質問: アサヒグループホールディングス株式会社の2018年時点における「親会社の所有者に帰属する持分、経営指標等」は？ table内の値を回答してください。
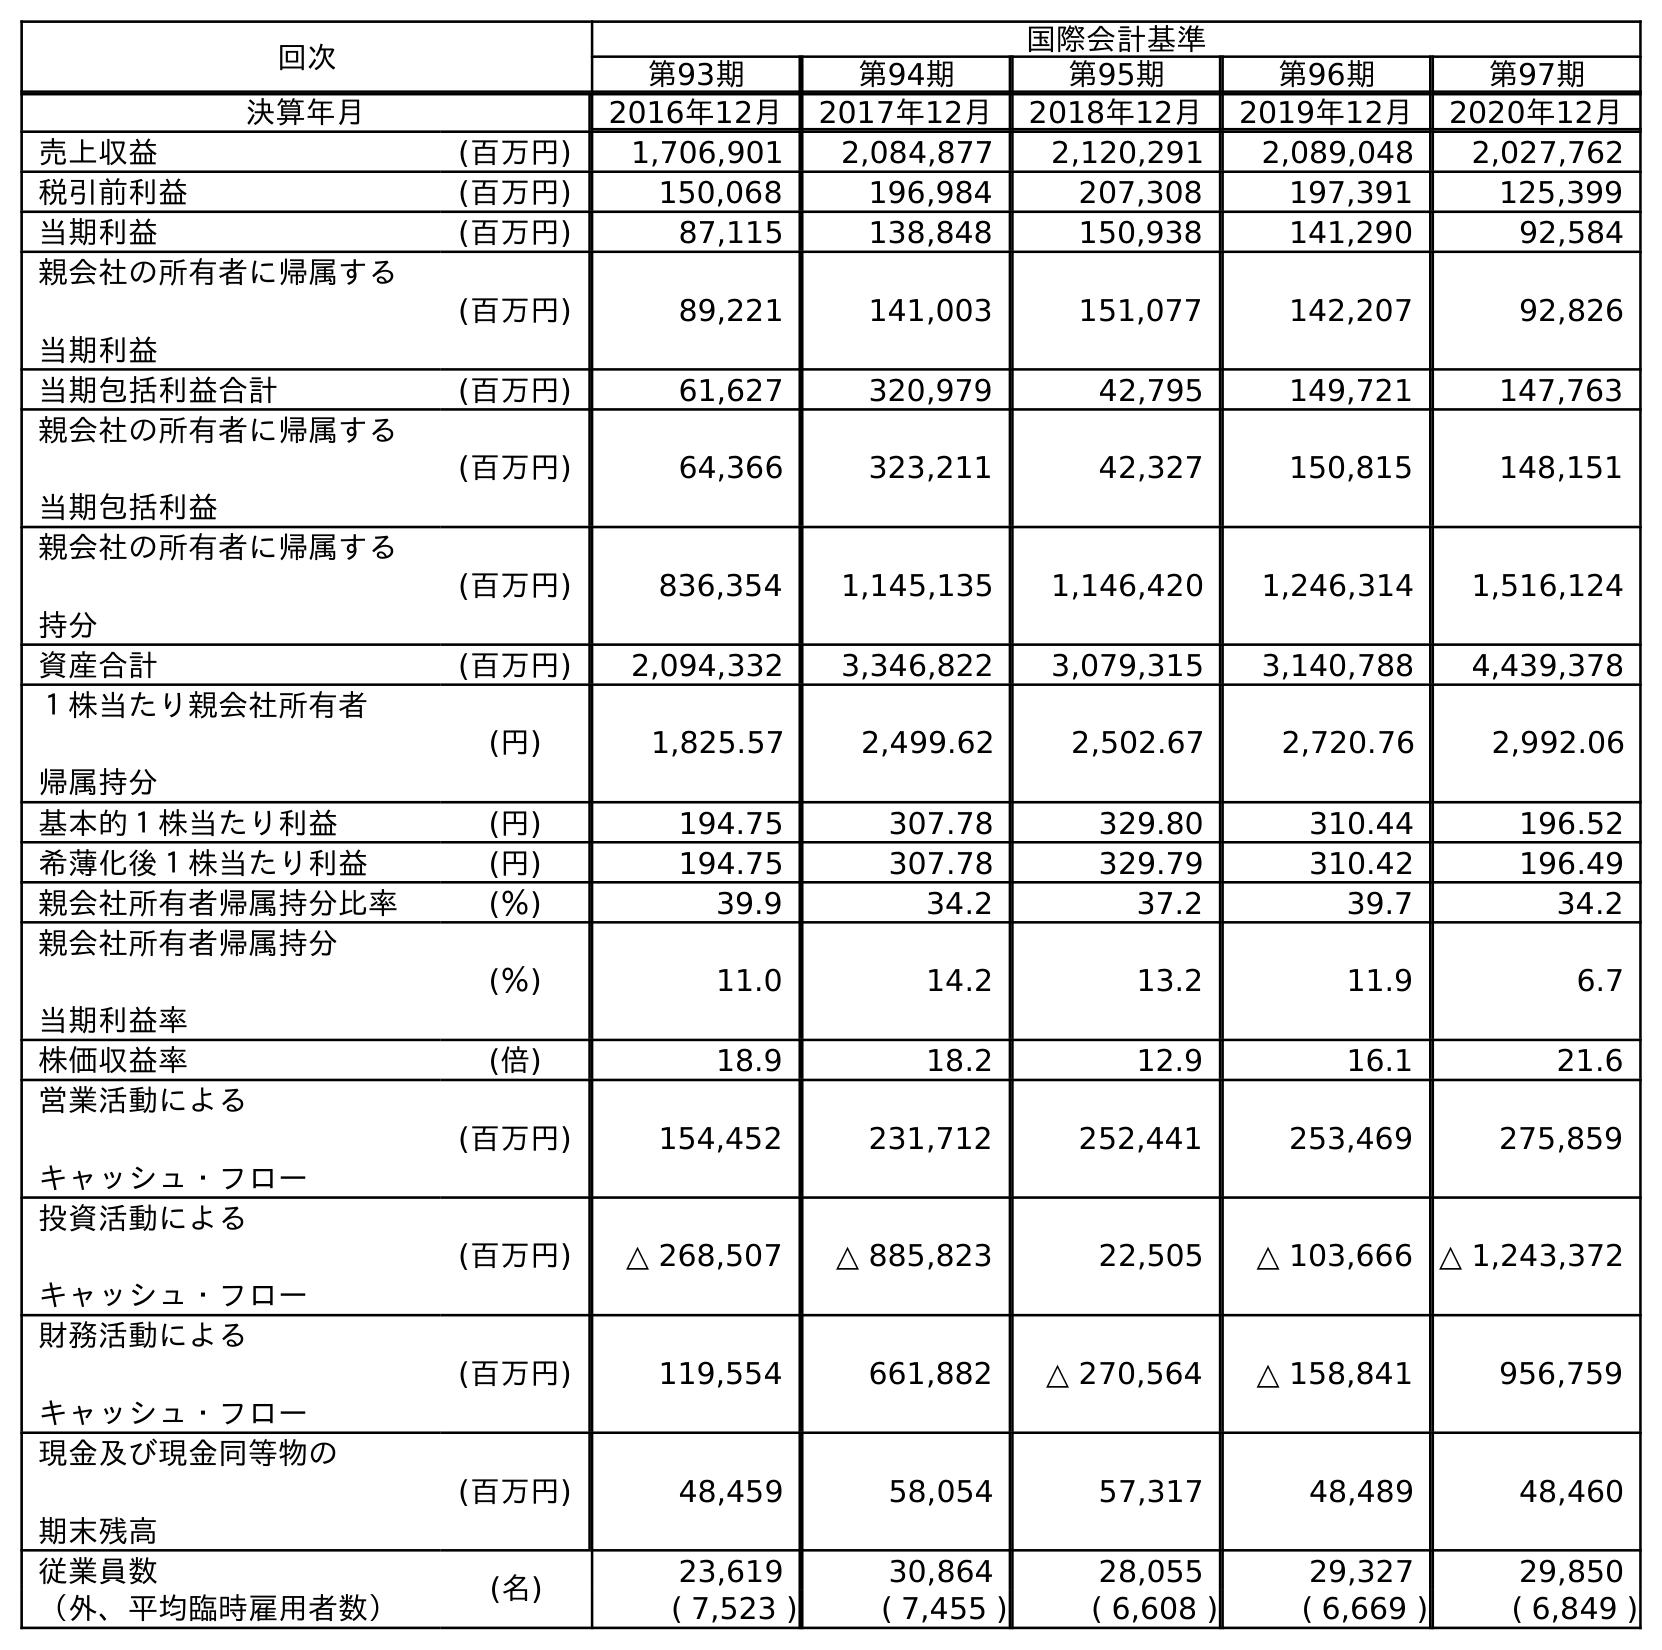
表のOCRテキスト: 回次 国際会計基準 第93期 第94期 第95期 第96期 第97期 決算年月 2016年12月 2017年12月 2018年12月 2019年12月 2020年12月 売上収益 (百万円) 1,706,901 2,084,877 2,120,291 2,089,048 2,027,762 税引前利益 (百万円) 150,068 196,984 207,308 197,391 125,399 当期利益 (百万円) 87,115 138,848 150,938 141,290 92,584 親会社の所有者に帰属する 当期利益 (百万円) 89,221 141,003 151,077 142,207 92,826 当期包括利益合計 (百万円) 61,627 320,979 42,795 149,721 147,763 親会社の所有者に帰属する 当期包括利益 (百万円) 64,366 323,211 42,327 150,815 148,151 親会社の所有者に帰属する 持分 (百万円) 836,354 1,145,135 1,146,420 1,246,314 1,516,124 資産合計 (百万円) 2,094,332 3,346,822 3,079,315 3,140,788 4,439,378 １株当たり親会社所有者 帰属持分 (円) 1,825.57 2,499.62 2,502.67 2,720.76 2,992.06 基本的１株当たり利益 (円) 194.75 307.78 329.80 310.44 196.52 希薄化後１株当たり利益 (円) 194.75 307.78 329.79 310.42 196.49 親会社所有者帰属持分比率 (％) 39.9 34.2 37.2 39.7 34.2 親会社所有者帰属持分 当期利益率 (％) 11.0 14.2 13.2 11.9 6.7 株価収益率 (倍) 18.9 18.2 12.9 16.1 21.6 営業活動による キャッシュ・フロー (百万円) 154,452 231,712 252,441 253,469 275,859 投資活動による キャッシュ・フロー (百万円) △ 268,507 △ 885,823 22,505 △ 103,666 △ 1,243,372 財務活動による キャッシュ・フロー (百万円) 119,554 661,882 △ 270,564 △ 158,841 956,759 現金及び現金同等物の 期末残高 (百万円) 48,459 58,054 57,317 48,489 48,460 従業員数 (名) 23,619 30,864 28,055 29,327 29,850 （外、平均臨時雇用者数） ( 7,523 ) ( 7,455 ) ( 6,608 ) ( 6,669 ) ( 6,849 )
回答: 1,146,420